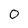
Character: 0